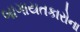
બાગાયતકારોના